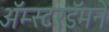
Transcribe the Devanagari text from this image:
अॅम्स्टरडॅमने